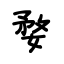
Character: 婺